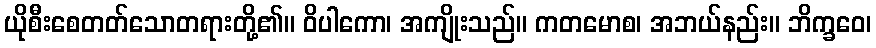
ယိုစီးစေတတ်သောတရားတို့၏။ ဝိပါကော၊ အကျိုးသည်။ ကတမောစ၊ အဘယ်နည်း။ ဘိက္ခဝေ၊